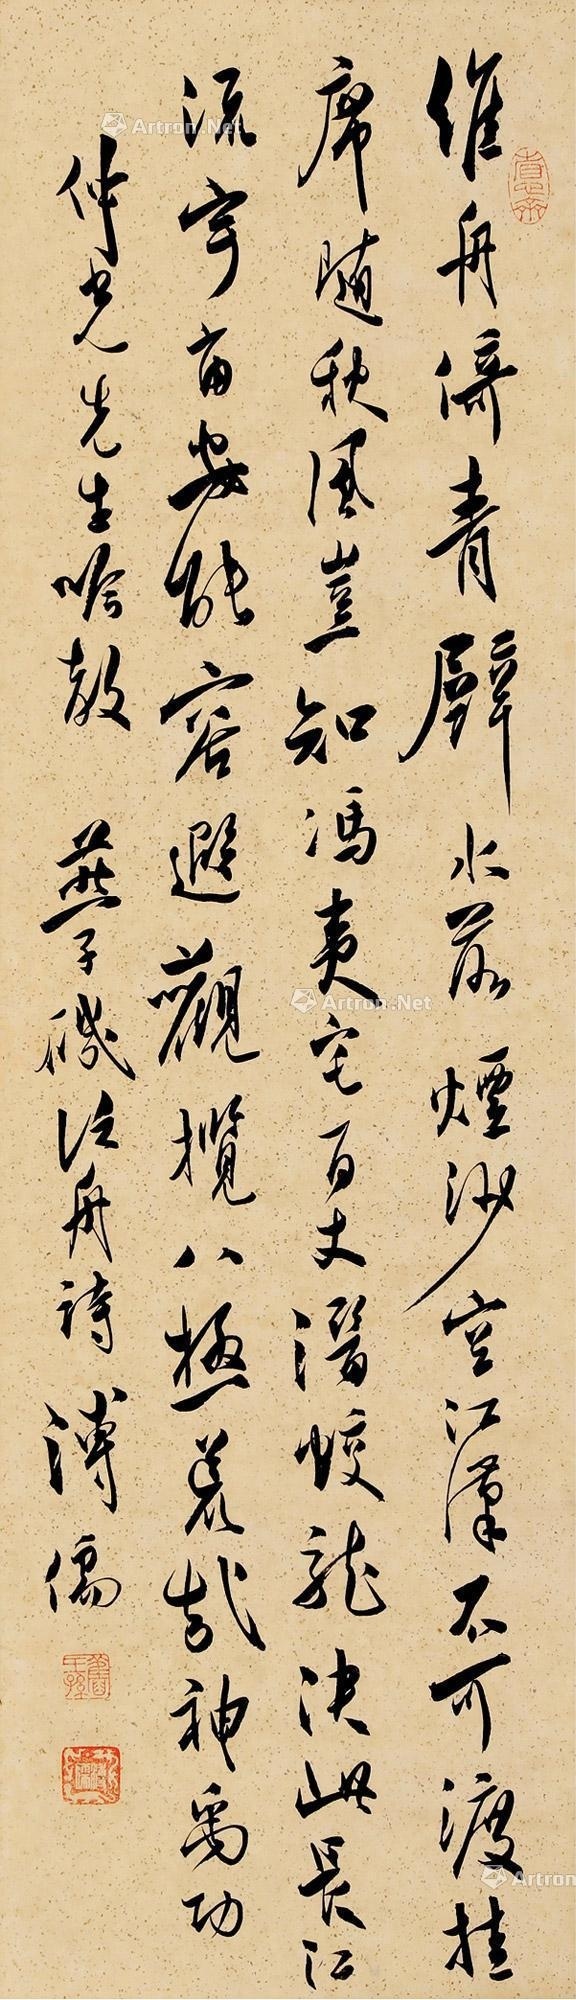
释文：维舟倚青壁，水落烟沙空。江汉不可渡，挂席随秋风。岂知冯夷宅，百丈潜蛟龙。决此长江流，宇宙安能容。遐观揽八极，荒哉神禹功。仲光先生嘱教，燕子矶泛舟诗，溥儒。